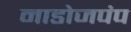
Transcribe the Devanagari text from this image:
नाडोजपंप